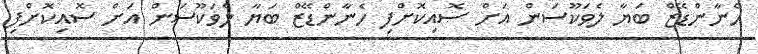
ހެނާންޑޭޒް ބަޔާ ލެވަކޫސަން އަށް ސޮއިކޮށްފި ހެނާންޑޭޒް ބަޔާ ލެވަކޫސަން އަށް ސޮއިކޮށްފި